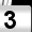
Digit: 3